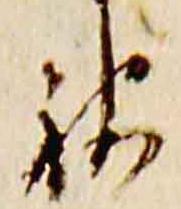
被